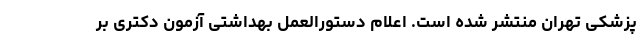
پزشکی تهران منتشر شده است. اعلام دستورالعمل بهداشتی آزمون دکتری بر